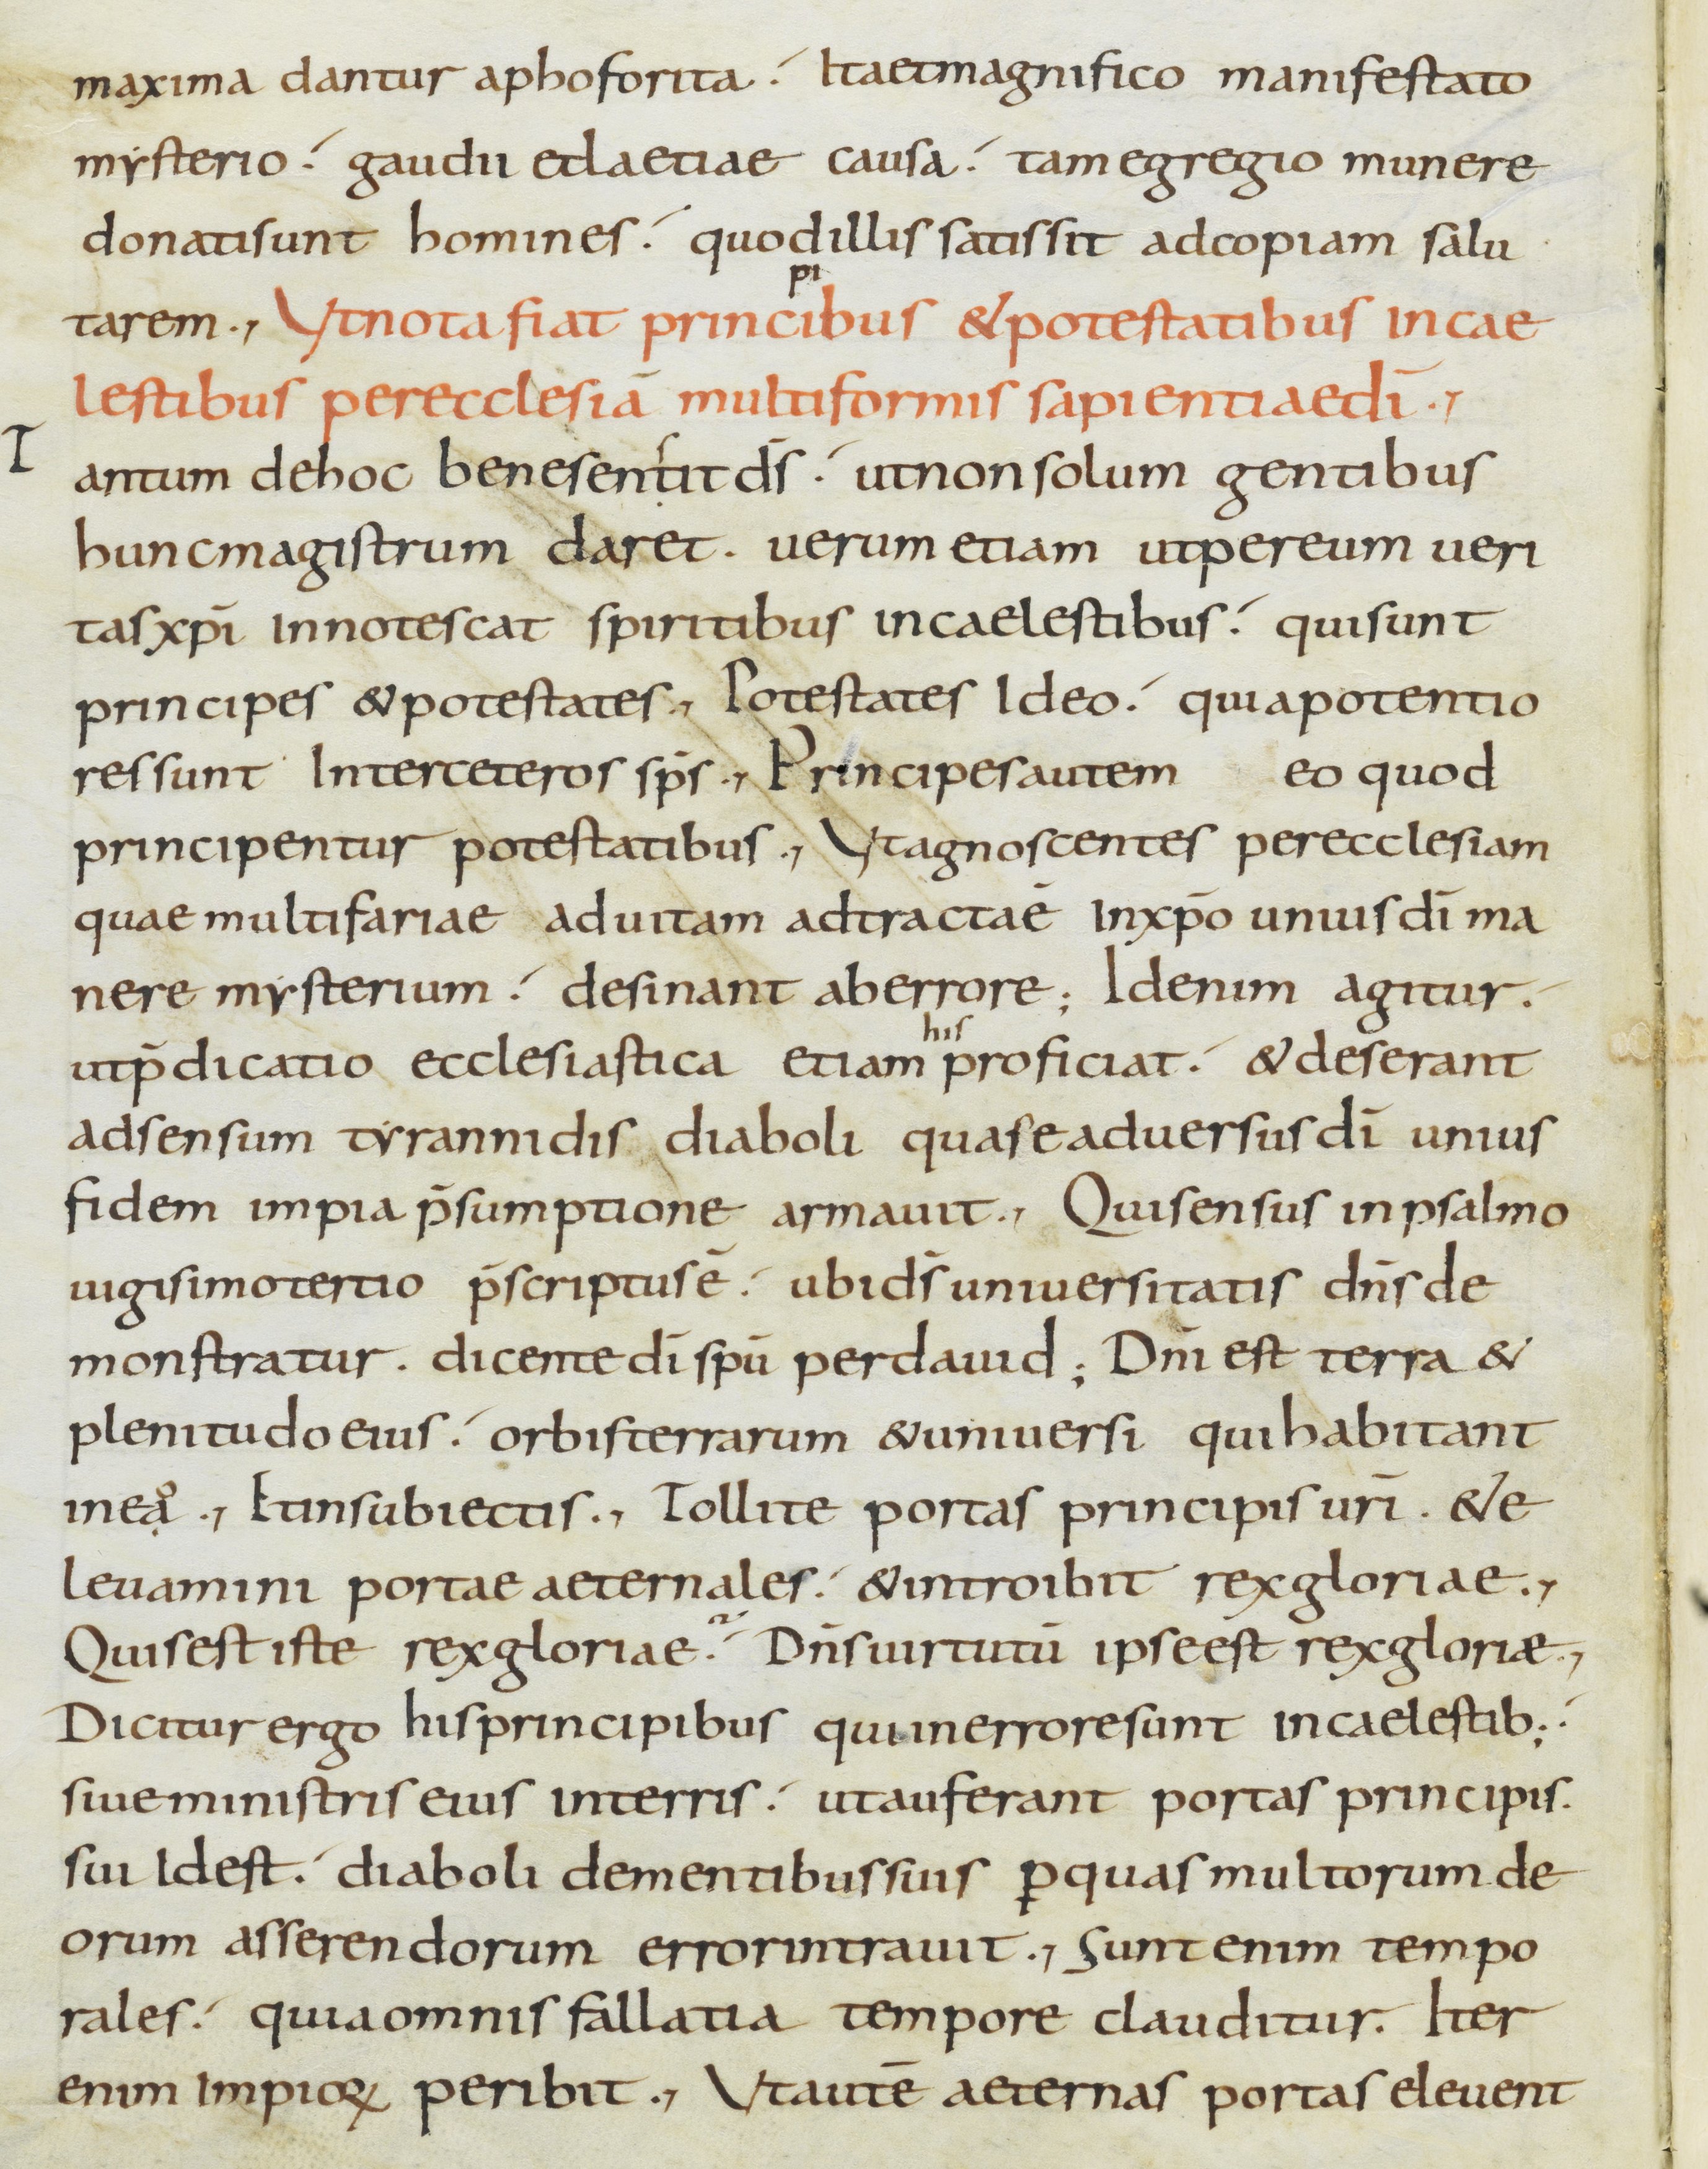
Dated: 800–899